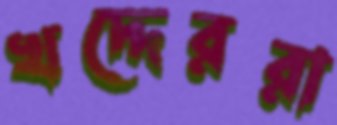
খদ্দেররা